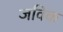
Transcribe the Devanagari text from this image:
जविक